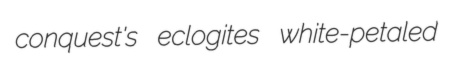
conquest's eclogites white-petaled